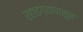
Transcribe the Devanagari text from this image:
रहाडग्यापासून